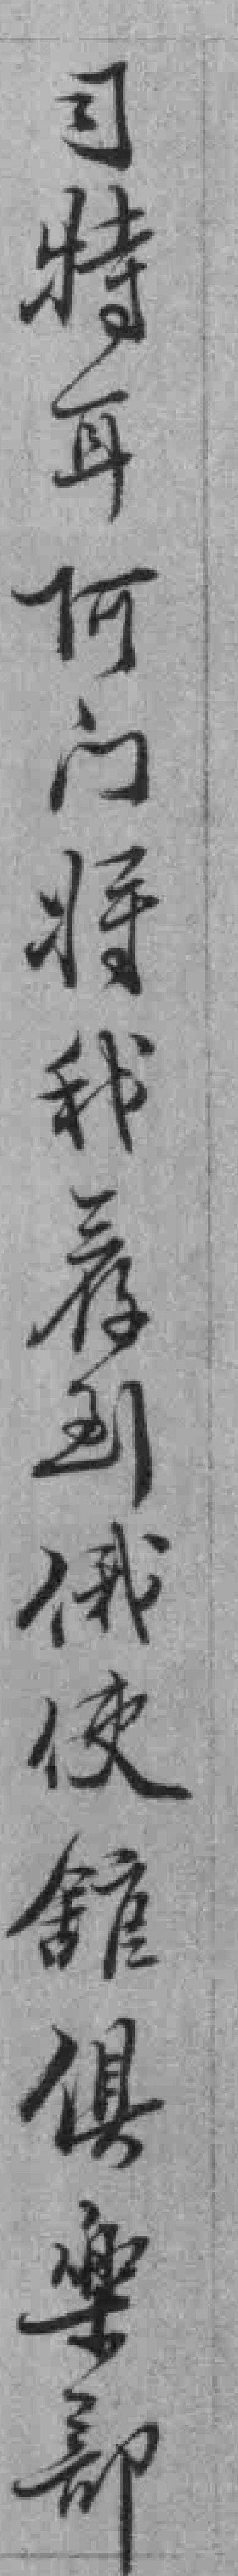
习特耳何门将我荐到俄使舘俱樂部